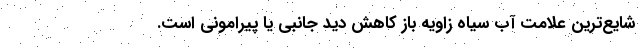
شایع‌ترین علامت آب سیاه زاویه باز کاهش دید جانبی یا پیرامونی است.